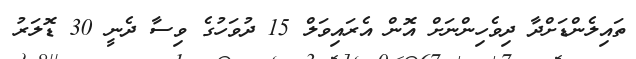
ތައިލެންޑަށްދާ ދިވެހިންނަށް އޮން އެރައިވަލް 15 ދުވަހުގެ ވިސާ ދެނީ 30 ޑޮލަރު